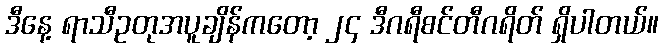
ဒီနေ့ ရာသီဥတုအပူချိန်ကတော့ ၂၄ ဒီဂရီစင်တီဂရိတ် ရှိပါတယ်။